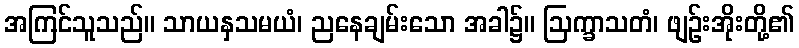
အကြင်သူသည်။ သာယနှသမယံ၊ ညနေချမ်းသော အခါ၌။ ဩက္ခာသတံ၊ ဖျဉ်းအိုးတို့၏